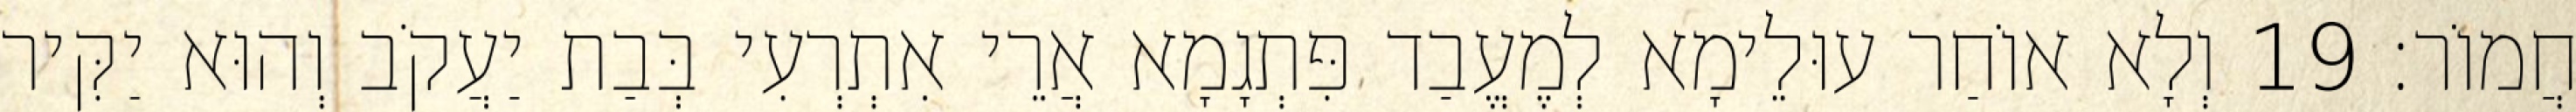
חֲמוֹר׃ 19 וְלָא אוֹחַר עוּלֵימָא לְמֶעֱבַד פִּתְגָמָא אֲרֵי אִתְרְעִי בְּבַת יַעֲקֹב וְהוּא יַקִּיר